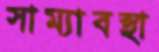
সাম্যাবস্থা